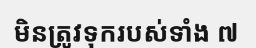
មិនត្រូវទុករបស់ទាំង ៧